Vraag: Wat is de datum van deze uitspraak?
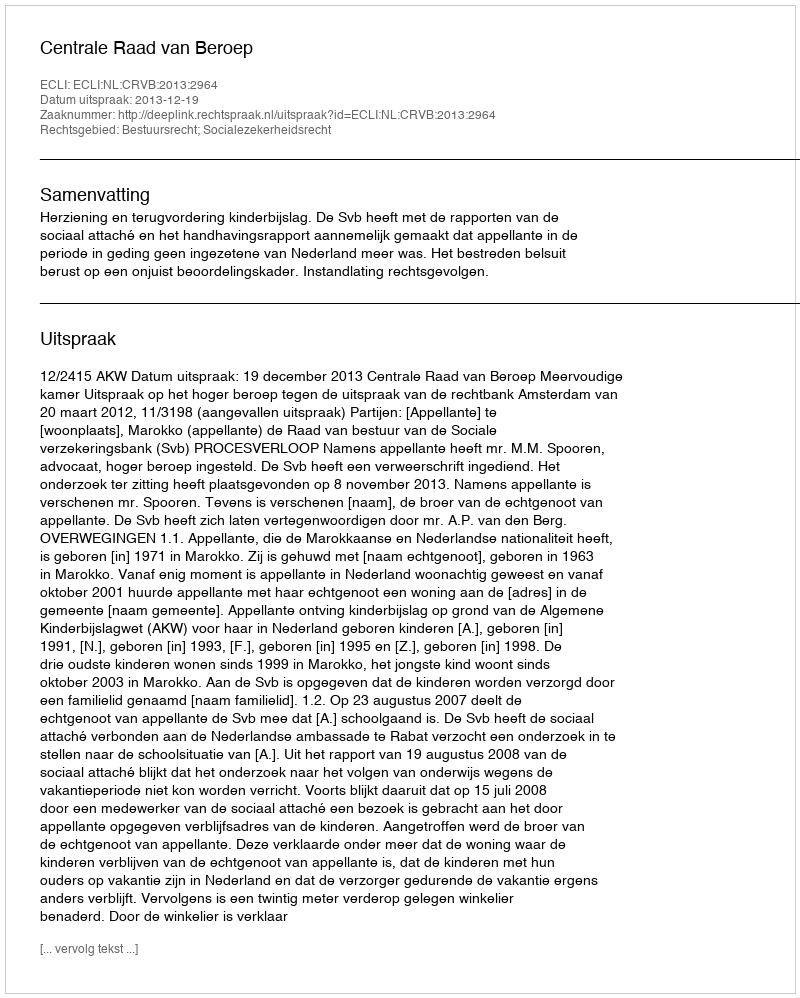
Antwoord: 2013-12-19